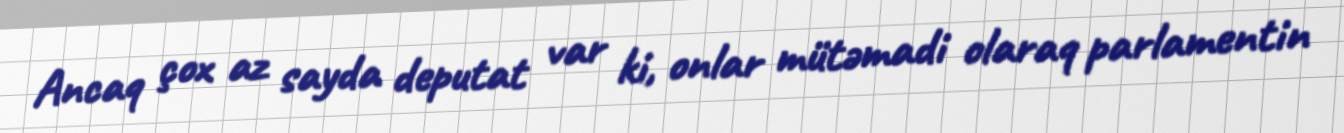
Ancaq çox az sayda deputat var ki, onlar mütəmadi olaraq parlamentin